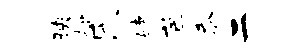
映拎氏婕芭忝二